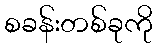
စခန်းတစ်ခုကို